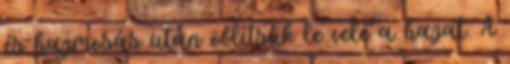
és hajmosás után öblítsük le vele a hajat. A